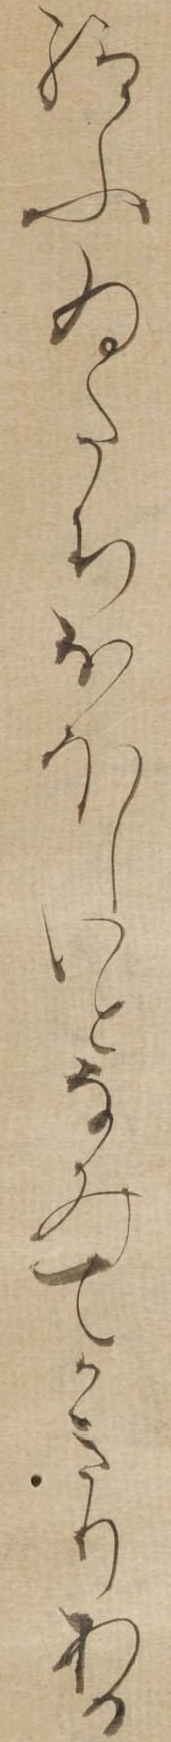
給ふゐたちおほしいとなみてかきりある